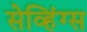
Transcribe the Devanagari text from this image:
सेव्हिंग्स